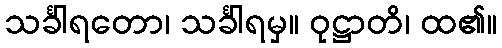
သင်္ခါရတော၊ သင်္ခါရမှ။ ဝုဋ္ဌာတိ၊ ထ၏။